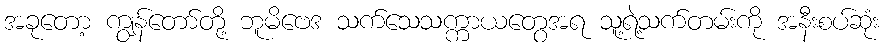
အခုတော့ ကျွန်တော်တို့ ဘူမိဗေဒ သက်သေသက္ကာယတွေအရ သူ့ရဲ့သက်တမ်းကို အနီးစပ်ဆုံး